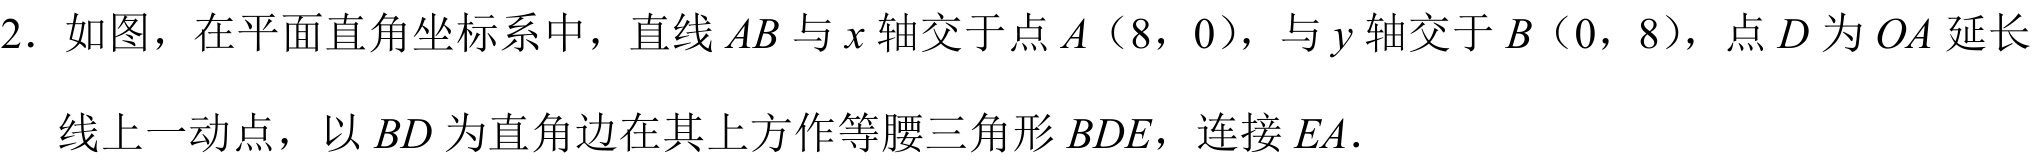
2. 如图，在平面直角坐标系中，直线$AB$与$x$轴交于点$A(8,0)$，与$y$轴交于$B(0,8)$，点$D$为$OA$延长
线上一动点，以$BD$为直角边在其上方作等腰三角形$BDE$，连接$EA.$